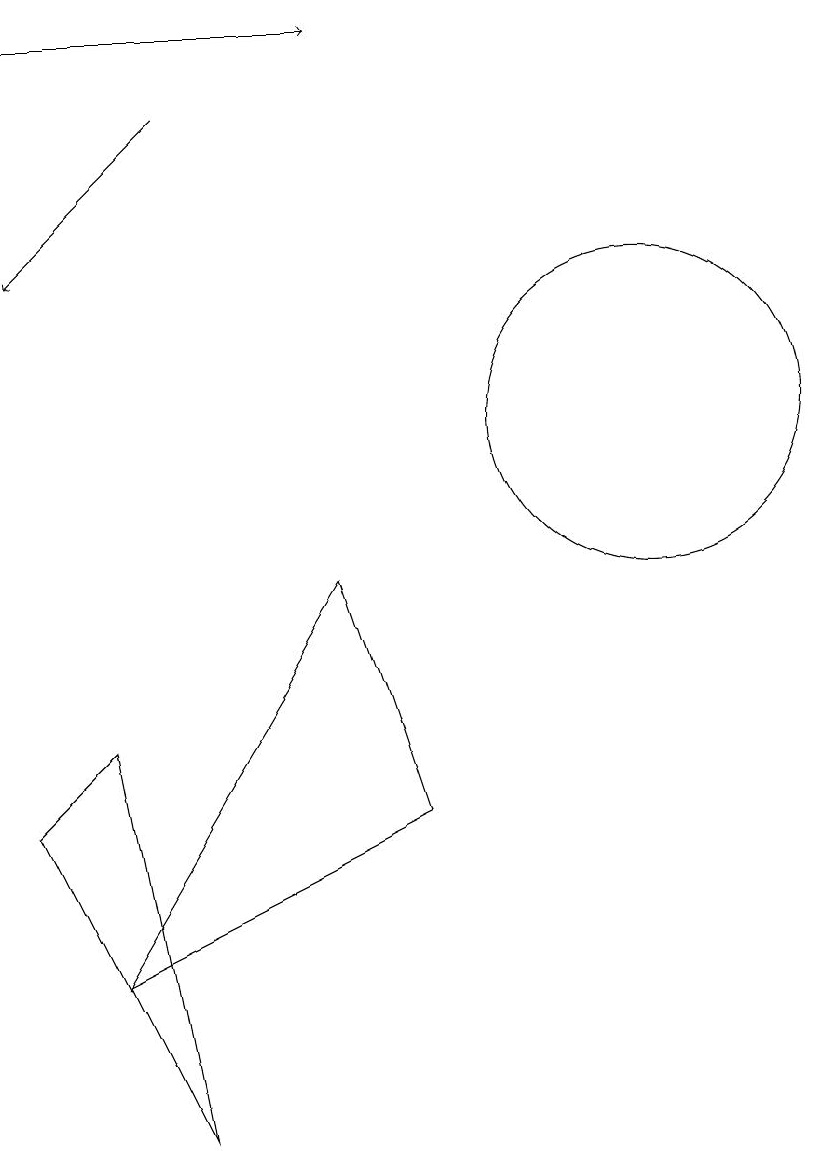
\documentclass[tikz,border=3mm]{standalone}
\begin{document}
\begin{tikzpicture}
\draw[->] (5,14) -- (3,12);
\draw (11,10) circle (2);
\draw (3,5) -- (5,1) -- (4,6) -- cycle;
\draw (8,5) -- (7,8) -- (4,3) -- cycle;
\draw[->] (3,15) -- (7,15);
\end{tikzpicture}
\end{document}